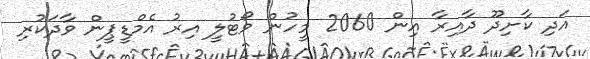
އަދި ކާށިދޫ ދާއިރާ އިން 2060 މީހުން ވޯޓުލީ އިރު އެމްޑީޕީން ވާދަކުރި